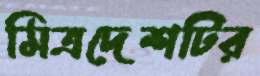
মিত্রদেশটির